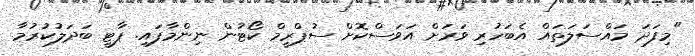
"މިފަދަ މައްސަލަތައް އެބަހުރި ވަރަށް އަވަސްކޮށް ސުޕްރީމް ކޯޓުން ނިންމާފައި. ޕާޓީ ބަދަލުކުރުމާ